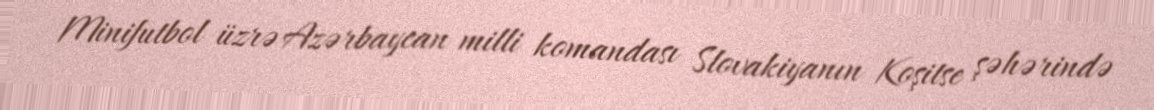
Minifutbol üzrə Azərbaycan milli komandası Slovakiyanın Koşitse şəhərində